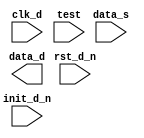
////////////////////////////////////////////////////////////////////////////////
//
//       This confidential and proprietary software may be used only
//     as authorized by a licensing agreement from Synopsys Inc.
//     In the event of publication, the following notice is applicable:
//
//                    (C) COPYRIGHT 2005 - 2018 SYNOPSYS INC.
//                           ALL RIGHTS RESERVED
//
//       The entire notice above must be reproduced on all authorized
//     copies.
//
//
// VERSION:   Simulation Architecture
//
// DesignWare_version: c5e9837c
// DesignWare_release: O-2018.06-DWBB_201806.3
//
////////////////////////////////////////////////////////////////////////////////
//
// ABSTRACT: Fundamental Synchronizer Simulation Model
//
//           This synchronizes incoming data into the destination domain
//           with a configurable number of sampling stages.
//
//              Parameters:     Valid Values
//              ==========      ============
//              width           [ 1 to 1024 ]
//              f_sync_type     [ 0 = single clock design, no synchronizing stages implemented,
//                                1 = 2-stage synchronization w/ 1st stage neg-edge & 2nd stage pos-edge capturing,
//                                2 = 2-stage synchronization w/ both stages pos-edge capturing,
//                                3 = 3-stage synchronization w/ all stages pos-edge capturing,
//                                4 = 4-stage synchronization w/ all stages pos-edge capturing ]
//              tst_mode        [ 0 = no hold latch inserted,
//                                1 = insert hold 'latch' using a neg-edge triggered register
//                                2 = reserved (functions same as tst_mode=0 ]
//		verif_en        [ 0 = no sampling errors inserted,
//                                1 = sampling errors are randomly inserted with 0 or 1 destination clock cycle delays
//                                2 = sampling errors are randomly inserted with 0, 0.5, 1, or 1.5 destination clock cycle delays
//                                3 = sampling errors are randomly inserted with 0, 1, 2, or 3 destination clock cycle delays
//                                4 = sampling errors are randomly inserted with 0 or up to 0.5 destination clock cycle delays ]
//              
//              Input Ports:    Size    Description
//              ===========     ====    ===========
//              clk_d           1 bit   Destination Domain Input Clock
//              rst_d_n         1 bit   Destination Domain Active Low Async. Reset
//		init_d_n        1 bit   Destination Domain Active Low Sync. Reset
//              data_s          N bits  Source Domain Data Input
//              test            1 bit   Test input
//
//              Output Ports    Size    Description
//              ============    ====    ===========
//              data_d          N bits  Destination Domain Data Output
//
//                Note: the value of N is equal to the 'width' parameter value
//
//
// MODIFIED: 
//		RJK   09-17-13 updated to eliminate race (STAR 9000661688)
//		RJK   01-15-13 updated to eliminate `define
//              RJK   10-11-12 corrected test mode behavior when tst_mode=2
//              DLL   8-8-11   Added tst_mode=2 (not a functional change)
//              DLL   6-12-06  Removed unnecessary To_X01 processing of 'data_s_int'
//
//              DLL   11-7-06  Modified functionality to support f_sync_type = 4
//
//              DLL   11-14-06 Revised approach to routing missampling of data_s
//
//
//              DLL   8-18-10  Fixed typo that results in correct resolution of 'data_s_delta_t'
//                             in the missampling code.  Addresses STAR#9000412693.

module DW_sync (
    clk_d,
    rst_d_n,
    init_d_n,
    data_s,
    test,
    data_d
    );

parameter integer width        = 8;
parameter integer f_sync_type  = 2;
parameter integer tst_mode     = 0;
parameter integer verif_en     = 1;

input			clk_d;
input			rst_d_n;
input			init_d_n;
input  [width-1:0]      data_s;
input                   test;
output [width-1:0]      data_d;

// synopsys translate_off
localparam		F_SYNC_TYPE_INT = f_sync_type % 8;

  //-------------------------------------------------------------------------
  // Parameter legality check
  //-------------------------------------------------------------------------

 
  initial begin : parameter_check
    integer param_err_flg;

    param_err_flg = 0;
    
  
    if (width < 1 ) begin
      param_err_flg = 1;
      $display(
	"ERROR: %m :\n  Invalid value (%d) for parameter width (lower bound: 1 )",
	width );
    end
  
    if ( (F_SYNC_TYPE_INT < 0) || (F_SYNC_TYPE_INT > 4) ) begin
      param_err_flg = 1;
      $display(
	"ERROR: %m :\n  Invalid value (%d) for parameter F_SYNC_TYPE_INT (legal range: 0 to 4)",
	F_SYNC_TYPE_INT );
    end
  
    if ( (verif_en < 0) || (verif_en > 4) ) begin
      param_err_flg = 1;
      $display(
	"ERROR: %m :\n  Invalid value (%d) for parameter verif_en (legal range: 0 to 4)",
	verif_en );
    end

    if ( param_err_flg == 1) begin
      $display(
        "%m :\n  Simulation aborted due to invalid parameter value(s)");
      $finish;
    end

  end // parameter_check 


  wire [width-1:0]       data_s_int;
  reg  [width-1:0]       ndata1_int;
  reg  [width-1:0]       data1_int;
  reg  [width-1:0]       data_d2_int;
  reg  [width-1:0]       data_d3_int;
  reg  [width-1:0]       data_d4_int;
  reg  [width-1:0]       test_nout1_int;

  wire [width-1:0]       next_data1_int;
  wire [width-1:0]       next_data_d2_int;
  wire [width-1:0]       next_data_d3_int;
  wire [width-1:0]       tst_mode_sel_data;
  wire [width-1:0]       f_sync_type0_data;


  `ifdef DW_MODEL_MISSAMPLES





  initial begin
    $display("Information: %m: *** Running with DW_MODEL_MISSAMPLES defined, verif_en is: %0d ***",
			verif_en);
  end

reg     [width-1:0]     test_hold_ms;
wire			hclk_odd;
reg  [width-1:0]	last_data_dyn, data_s_delta_t;
reg  [width-1:0]	last_data_s, last_data_s_q, last_data_s_qq;
wire [width-1:0]	data_s_sel_0, data_s_sel_1;
reg  [width-1:0]	data_select; initial data_select = 0;
reg  [width-1:0]	data_select_2; initial data_select_2 = 0;

  always @ (negedge clk_d or negedge rst_d_n) begin : PROC_test_hold_ms_registers
    if (rst_d_n == 1'b0) begin
      test_hold_ms        <= {width{1'b0}};
    end else if (init_d_n == 1'b0) begin
      test_hold_ms        <= {width{1'b0}};
    end else begin
      test_hold_ms        <= data_s;
    end
  end
reg			init_dly_n;


  always @ (posedge hclk_odd or data_s or rst_d_n) begin : PROC_catch_last_data
    data_s_delta_t <= (data_s | (data_s ^ data_s)) & {width{rst_d_n}} & {width{init_dly_n}};
    last_data_dyn <= data_s_delta_t & {width{rst_d_n}} & {width{init_dly_n}};
  end // PROC_catch_last_data

generate if ((verif_en % 2) == 1) begin : GEN_HO_VE_EVEN
  assign hclk_odd = clk_d;
end else begin : GEN_HO_VE_ODD
  assign hclk_odd = ~clk_d;
end
endgenerate

  always @ (posedge clk_d or negedge rst_d_n) begin : PROC_missample_hist_even
    if (rst_d_n == 1'b0) begin
      last_data_s_q  <= {width{1'b0}};
      init_dly_n     <= 1'b1;
    end else if (init_d_n == 1'b0) begin
      last_data_s_q  <= {width{1'b0}};
      init_dly_n     <= 1'b0;
    end else begin
      last_data_s_q <= last_data_s;
      init_dly_n     <= 1'b1;
    end
  end // PROC_missample_hist_even

  always @ (posedge hclk_odd or negedge rst_d_n) begin : PROC_missample_hist_odd
    if (rst_d_n == 1'b0) begin
      last_data_s <= {width{1'b0}};
      last_data_s_qq  <= {width{1'b0}};
    end else if (init_d_n == 1'b0) begin
      last_data_s <= {width{1'b0}};
      last_data_s_qq  <= {width{1'b0}};
    end else begin
      last_data_s <= (data_s | (data_s ^ data_s));
      last_data_s_qq <= last_data_s_q;
    end
  end // PROC_missample_hist_odd

  always @ (data_s or last_data_s) begin : PROC_mk_next_data_select
    if (data_s != last_data_s) begin
      data_select = wide_random(width);

      if ((verif_en == 2) || (verif_en == 3))
	data_select_2 = wide_random(width);
      else
	data_select_2 = {width{1'b0}};
    end
  end  // PROC_mk_next_data_select

  assign data_s_sel_0 = (verif_en < 1)? data_s : ((data_s & ~data_select) | (last_data_dyn & data_select));

  assign data_s_sel_1 = (verif_en < 2)? {width{1'b0}} : ((last_data_s_q & ~data_select) | (last_data_s_qq & data_select));

  assign data_s_int = ((data_s_sel_0 & ~data_select_2) | (data_s_sel_1 & data_select_2));


  function [width-1:0] wide_random;
    input [31:0]        in_width;   // should match "width" parameter -- need one input to satisfy Verilog function requirement

    reg   [width-1:0]   temp_result;
    reg   [31:0]        rand_slice;
    integer             i, j, base;


    begin
      temp_result = $random;
      if (((width / 32) + 1) > 1) begin
        for (i=1 ; i < ((width / 32) + 1) ; i=i+1) begin
          base = i << 5;
          rand_slice = $random;
          for (j=0 ; ((j < 32) && (base+j < in_width)) ; j=j+1) begin
            temp_result[base+j] = rand_slice[j];
          end
        end
      end

      wide_random = temp_result;
    end
  endfunction  // wide_random

  initial begin : seed_random_PROC
    integer seed, init_rand;
    `ifdef DW_MISSAMPLE_SEED
      seed = `DW_MISSAMPLE_SEED;
    `else
      seed = 32'h0badbeef;
    `endif

    init_rand = $random(seed);
  end // seed_random_PROC







  `else
  assign data_s_int = (data_s | (data_s ^ data_s));
  `endif


  initial begin
    if ((f_sync_type > 0)&&(f_sync_type < 8))
      $display("Information: *** Instance %m is the DW_sync Clock Domain Crossing Module ***");
  end

`ifdef DW_REPORT_SYNC_PARAMS
  initial begin
    if (F_SYNC_TYPE_INT > 0)
      $display("Information: *** Instance %m is configured as follows: width is: %0d, f_sync_type is: %0d, tst_mode is: %0d ***", width, F_SYNC_TYPE_INT, tst_mode);
  end
`endif


  assign tst_mode_sel_data  = (tst_mode == 1) ? test_nout1_int : data_s;

  assign f_sync_type0_data  = (test == 1'b1) ? tst_mode_sel_data : data_s;

  assign next_data1_int     = (test == 1'b0) ? data_s_int : tst_mode_sel_data; 


  generate
    if ((f_sync_type & 7) == 1) begin : GEN_NXT_SMPL_SM1_FST_EQUAL1
      assign next_data_d2_int = ndata1_int;
    end
    if ((f_sync_type & 7) > 1) begin : GEN_NXT_SMPL_SM1_FST_GRTH1
      assign next_data_d2_int = data1_int;
    end
  endgenerate
				
  always @(negedge clk_d or negedge rst_d_n) begin : a1000_PROC
    if (rst_d_n === 1'b0) begin
      ndata1_int     <= {width{1'b0}}; 
      test_nout1_int <= {width{1'b0}};
    end else if (rst_d_n === 1'b1) begin
      if (init_d_n === 1'b0) begin
        ndata1_int     <= {width{1'b0}};
        test_nout1_int <= {width{1'b0}};
      end else if (init_d_n === 1'b1) begin
        ndata1_int     <= data_s_int; 
        test_nout1_int <= data_s;
      end else begin
        ndata1_int     <= {width{1'bX}};
        test_nout1_int <= {width{1'bX}};
      end
    end else begin
      ndata1_int     <= {width{1'bX}}; 
      test_nout1_int <= {width{1'bX}};
    end
  end

  always @(posedge clk_d or negedge rst_d_n) begin : a1001_PROC
    if (rst_d_n === 1'b0) begin
      data1_int          <= {width{1'b0}};
      data_d2_int        <= {width{1'b0}};
      data_d3_int        <= {width{1'b0}};
      data_d4_int        <= {width{1'b0}};
    end else if (rst_d_n === 1'b1) begin
      if (init_d_n === 1'b0) begin
        data1_int          <= {width{1'b0}};
        data_d2_int        <= {width{1'b0}};
        data_d3_int        <= {width{1'b0}};
        data_d4_int        <= {width{1'b0}};
      end else if (init_d_n === 1'b1) begin
        data1_int          <= next_data1_int; 
        data_d2_int        <= next_data_d2_int;
        data_d3_int        <= data_d2_int;
        data_d4_int        <= data_d3_int;
      end else begin
        data1_int          <= {width{1'bX}};
        data_d2_int        <= {width{1'bX}};
        data_d3_int        <= {width{1'bX}};
        data_d4_int        <= {width{1'bX}};
      end
    end else begin
      data1_int          <= {width{1'bX}};
      data_d2_int        <= {width{1'bX}};
      data_d3_int        <= {width{1'bX}};
      data_d4_int        <= {width{1'bX}};
    end
  end

  assign data_d = (F_SYNC_TYPE_INT == 0) ? f_sync_type0_data :
		    (F_SYNC_TYPE_INT == 3) ? data_d3_int : 
                      (F_SYNC_TYPE_INT == 4) ? data_d4_int :
		        data_d2_int;
			  

  
  always @ (clk_d) begin : monitor_clk_d 
    if ( (clk_d !== 1'b0) && (clk_d !== 1'b1) && ($time > 0) )
      $display( "WARNING: %m :\n  at time = %t, detected unknown value, %b, on clk_d input.",
                $time, clk_d );
    end // monitor_clk_d 


// synopsys translate_on
endmodule
/* vcs gen_ip dbg_ip off */
 /* */